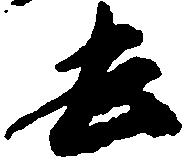
去